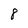
Character: 8